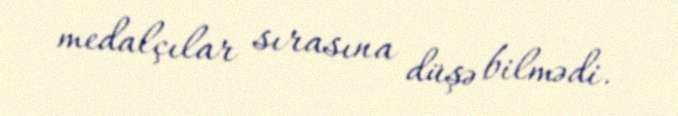
medalçılar sırasına düşə bilmədi.